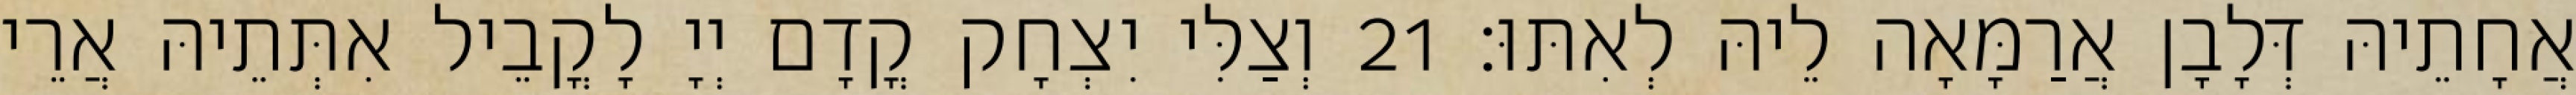
אֲחָתֵיהּ דְּלָבָן אֲרַמָּאָה לֵיהּ לְאִתּוּ׃ 21 וְצַלִּי יִצְחָק קֳדָם יְיָ לָקֳבֵיל אִתְּתֵיהּ אֲרֵי